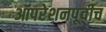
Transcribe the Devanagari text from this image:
ऑपरेशनपूर्वीच